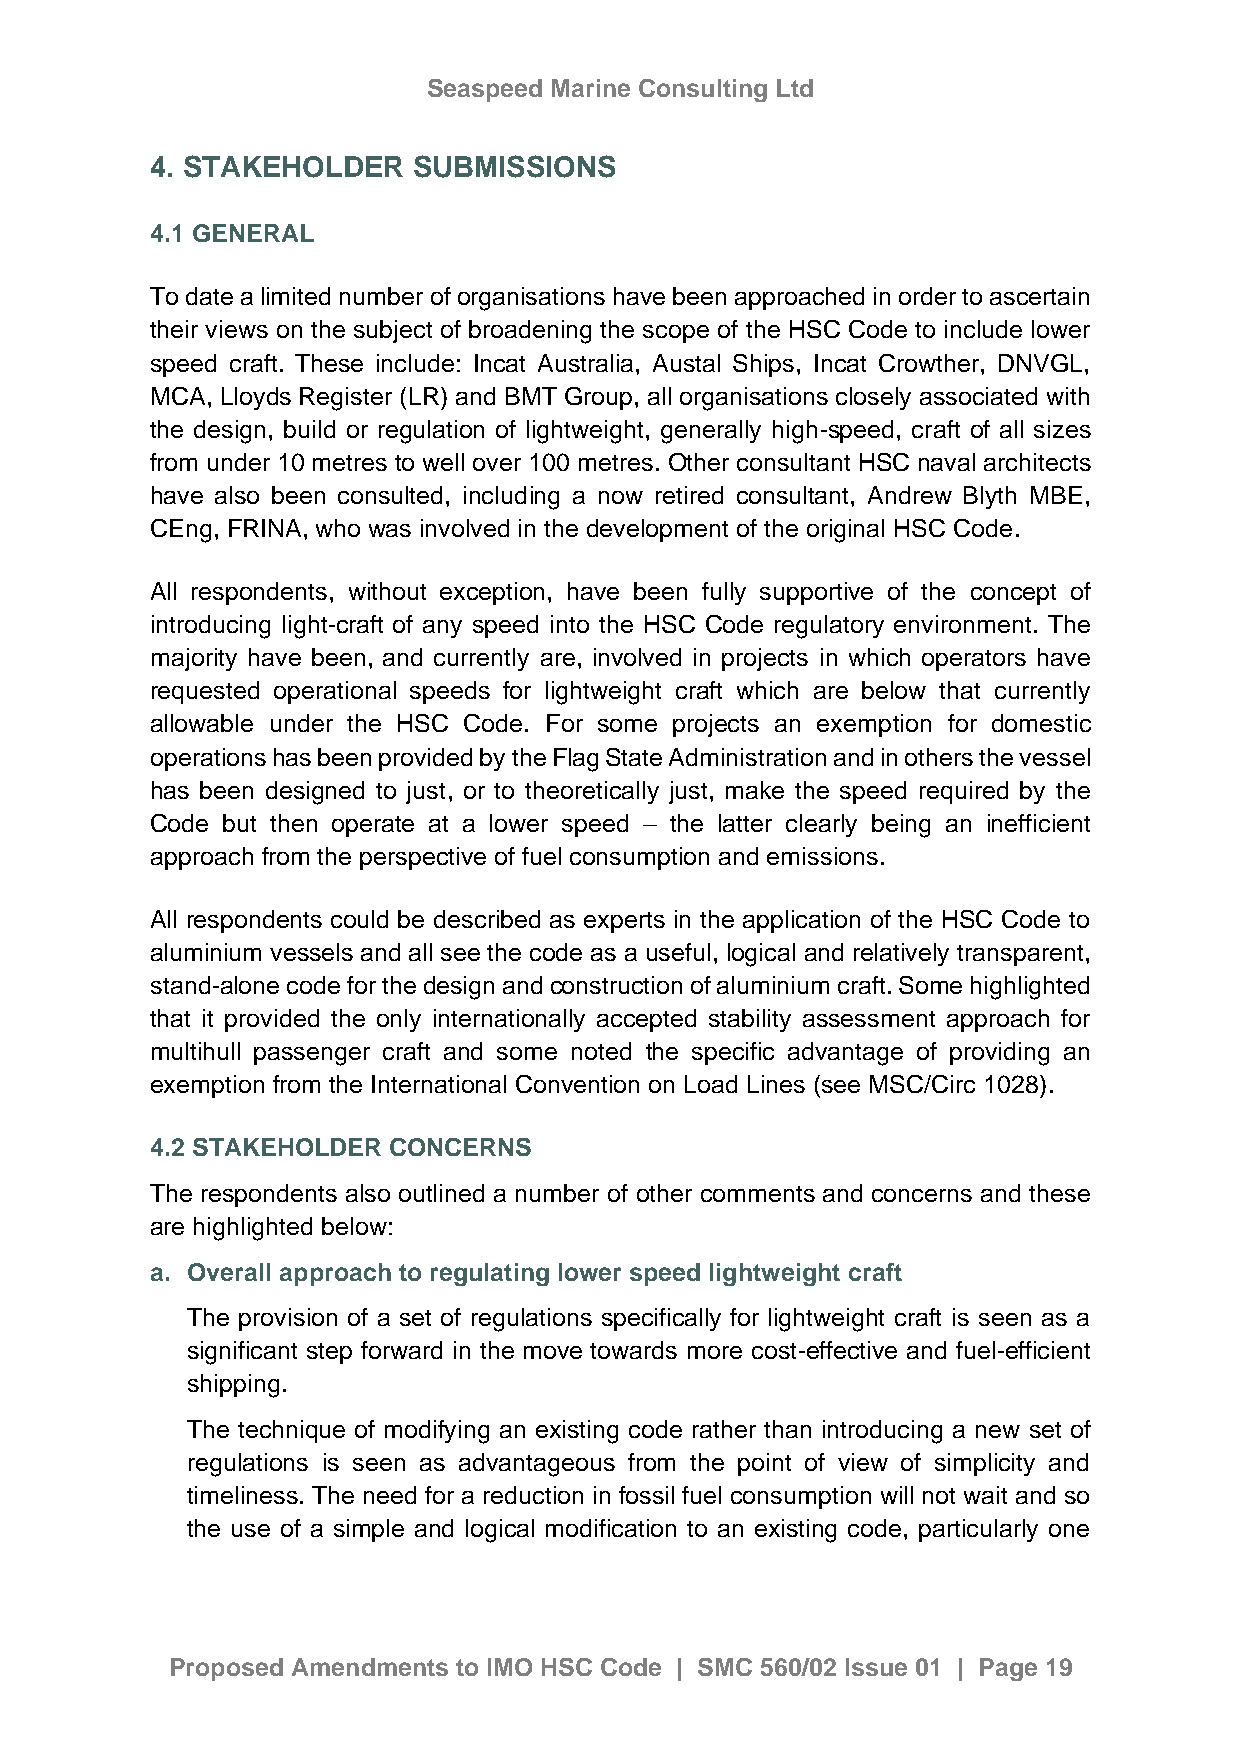
Seaspeed Marine Consulting Ltd
 4. STAKEHOLDER   SUBMISSIONS
 4.1 GENERAL
 To date a limited number of organisations have been approached in order to ascertain
 their views on the subject of broadening the scope of the HSC Code to include lower
 speed craft. These include: Incat Australia, Austal Ships, Incat Crowther, DNVGL,
 MCA, Lloyds Register (LR) and BMT Group, all organisations closely associated with
 the design, build or regulation of lightweight, generally high-speed, craft of all sizes
 from under 10 metres to well over 100 metres. Other consultant HSC naval architects
 have also been consulted, including a now retired consultant, Andrew Blyth MBE,
 CEng, FRINA, who was involved in the development of the original HSC Code.
 All respondents, without exception, have been fully supportive of the concept of
 introducing light-craft of any speed into the HSC Code regulatory environment. The
 majority have been, and currently are, involved in projects in which operators have
 requested operational speeds for lightweight craft which are below that currently
 allowable under the HSC Code. For some projects an exemption for domestic
 operations has been provided by the Flag State Administration and in others the vessel
 has been designed to just, or to theoretically just, make the speed required by the
 Code but then operate at a lower speed – the latter clearly being an inefficient
 approach from the perspective of fuel consumption and emissions.
 All respondents could be described as experts in the application of the HSC Code to
 aluminium vessels and all see the code as a useful, logical and relatively transparent,
 stand-alone code for the design and construction of aluminium craft. Some highlighted
 that it provided the only internationally accepted stability assessment approach for
 multihull passenger craft and some noted the specific advantage of providing an
 exemption from the International Convention on Load Lines (see MSC/Circ 1028).
 4.2 STAKEHOLDER CONCERNS
 The respondents also outlined a number of other comments and concerns and these
 are highlighted below:
 a. Overall approach to regulating lower speed lightweight craft
 The provision of a set of regulations specifically for lightweight craft is seen as a
 significant step forward in the move towards more cost-effective and fuel-efficient
 shipping.
 The technique of modifying an existing code rather than introducing a new set of
 regulations is seen as advantageous from the point of view of simplicity and
 timeliness. The need for a reduction in fossil fuel consumption will not wait and so
 the use of a simple and logical modification to an existing code, particularly one
 Proposed Amendments to IMO HSC Code | SMC 560/02 Issue 01 | Page 19